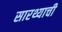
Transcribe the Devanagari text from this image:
सारथ्याची